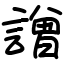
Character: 譄